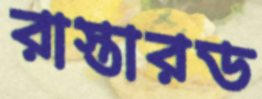
রাস্তারড